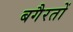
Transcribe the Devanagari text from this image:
बगैरतों